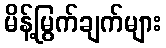
မိန့်မြွက်ချက်များ